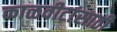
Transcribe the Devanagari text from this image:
काळवीटांसाठी